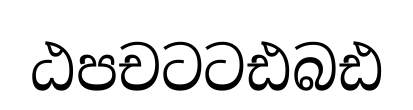
ඨපචටටඪබඪ